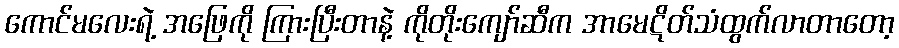
ကောင်မလေးရဲ့ အဖြေကို ကြားပြီးတာနဲ့ ကိုတိုးကျော်ဆီက အာမေဋိတ်သံထွက်လာတာတော့